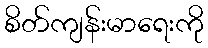
စိတ်ကျန်းမာရေးကို